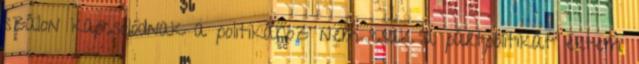
szálon kapcsolódnak a politikához nem csak a pártpolitikát értem